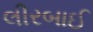
લીરબાઈ